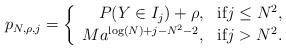
LaTeX: \begin{align*}\displaystyle p_{N, \rho, j}=\left\{\begin{array}{rc}P(Y \in I_j) + \rho ,&\mbox{if}j \leq N^2,\\Ma^{\log(N) + j - N^2 - 2}, &\mbox{if}j > N^2.\end{array}\right.\end{align*}